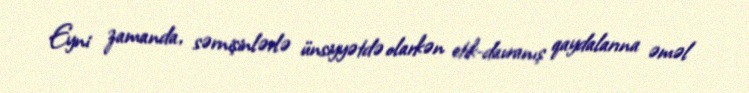
Eyni zamanda, sərnişinlərlə ünsiyyətdə olarkən etik-davranış qaydalarına əməl